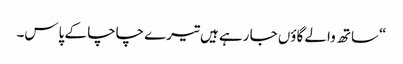
“ساتھ والے گاؤں جا رہے ہیں تیرے چاچا کے پاس۔